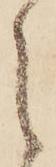
之